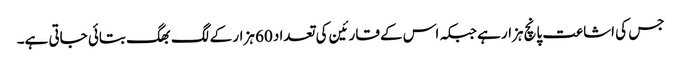
جس کی اشاعت پانچ ہزار ہے جبکہ اس کے قارئین کی تعداد 60 ہزار کے لگ بھگ بتائی جاتی ہے۔